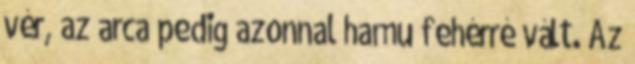
vér, az arca pedig azonnal hamu fehérré vált. Az